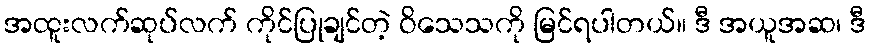
အထူးလက်ဆုပ်လက် ကိုင်ပြုချင်တဲ့ ဝိသေသကို မြင်ရပါတယ်။ ဒီ အယူအဆ၊ ဒီ